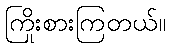
ကြိုးစားကြတယ်။